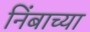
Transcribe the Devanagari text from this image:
निंबाच्या